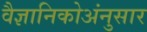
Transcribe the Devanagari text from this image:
वैज्ञानिकोअंनुसार